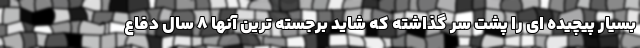
بسیار پیچیده ای را پشت سر گذاشته که شاید برجسته ترین آنها ۸ سال دفاع